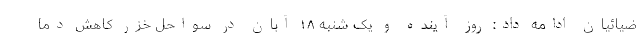
ضیائیان ادامه داد: روز آینده و یک شنبه ۱۸ آبان در سواحل خزر کاهش دما